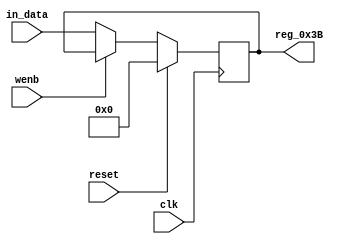
module r_RX_BUF_OBJ2_BYTE_3(output reg [7:0] reg_0x3B, input wire reset, input wire wenb, input wire [7:0] in_data, input wire clk);
	always@(posedge clk)
	begin
		if(reset==0) begin
			if(wenb==0)
				reg_0x3B<=in_data;
			else
				reg_0x3B<=reg_0x3B;
		end
		else
			reg_0x3B<=8'h00;
	end
endmodule